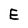
Character: E